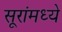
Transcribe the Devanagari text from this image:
सूरांमध्ये